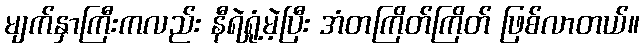
မျက်နှာကြီးကလည်း နီရဲရှုံ့မဲ့ပြီး အံတကြိတ်ကြိတ် ဖြစ်လာတယ်။